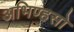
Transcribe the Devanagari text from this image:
अभिण्हसो